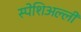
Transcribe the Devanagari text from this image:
स्पेशिअल्ली